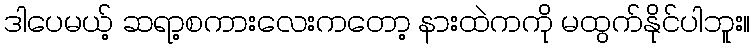
ဒါပေမယ့် ဆရာ့စကားလေးကတော့ နားထဲကကို မထွက်နိုင်ပါဘူး။